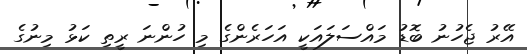
އޭރު ޖެހުނު ބޮޑު މައްސަލައަކީ އަހަރެންގެ މި ހުންނަ ރީތި ކަޅު މިނުގެ